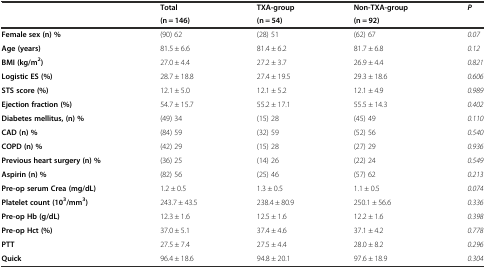
| <ROWSPAN=2>  | Total | TXA-group | Non-TXA-group | <ROWSPAN=2> P |
 | (n = 146) | (n = 54) | (n = 92) |
 | --- | --- | --- | --- | --- |
 | Female sex (n) % | (90) 62 | (28) 51 | (62) 67 | 0.07 |
 | Age (years) | 81.5 ± 6.6 | 81.4 ± 6.2 | 81.7 ± 6.8 | 0.12 |
 | BMI (kg/m2) | 27.0 ± 4.4 | 27.2 ± 3.7 | 26.9 ± 4.4 | 0.821 |
 | Logistic ES (%) | 28.7 ± 18.8 | 27.4 ± 19.5 | 29.3 ± 18.6 | 0.606 |
 | STS score (%) | 12.1 ± 5.0 | 12.1 ± 5.2 | 12.1 ± 4.9 | 0.989 |
 | Ejection fraction (%) | 54.7 ± 15.7 | 55.2 ± 17.1 | 55.5 ± 14.3 | 0.402 |
 | Diabetes mellitus, (n) % | (49) 34 | (15) 28 | (45) 49 | 0.110 |
 | CAD (n) % | (84) 59 | (32) 59 | (52) 56 | 0.540 |
 | COPD (n) % | (42) 29 | (15) 28 | (27) 29 | 0.936 |
 | Previous heart surgery (n) % | (36) 25 | (14) 26 | (22) 24 | 0.549 |
 | Aspirin (n) % | (82) 56 | (25) 46 | (57) 62 | 0.213 |
 | Pre-op serum Crea (mg/dL) | 1.2 ± 0.5 | 1.3 ± 0.5 | 1.1 ± 0.5 | 0.074 |
 | Platelet count (103/mm3) | 243.7 ± 43.5 | 238.4 ± 80.9 | 250.1 ± 56.6 | 0.336 |
 | Pre-op Hb (g/dL) | 12.3 ± 1.6 | 12.5 ± 1.6 | 12.2 ± 1.6 | 0.398 |
 | Pre-op Hct (%) | 37.0 ± 5.1 | 37.4 ± 4.6 | 37.1 ± 4.2 | 0.778 |
 | PTT | 27.5 ± 7.4 | 27.5 ± 4.4 | 28.0 ± 8.2 | 0.296 |
 | Quick | 96.4 ± 18.6 | 94.8 ± 20.1 | 97.6 ± 18.9 | 0.304 |